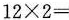
$$1 2\times 2 =$$